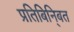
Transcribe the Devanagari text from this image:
प्रतिबिनि्बत